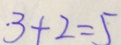
3 + 2 = 5